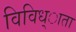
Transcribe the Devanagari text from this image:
विविध्ाता